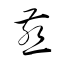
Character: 燕